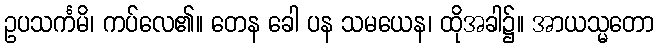
ဥပသင်္ကမိ၊ ကပ်လေ၏။ တေန ခေါ ပန သမယေန၊ ထိုအခါ၌။ အာယသ္မတော